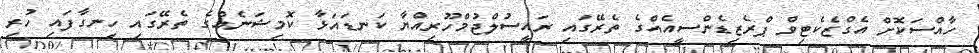
ހާއްސަކޮށް އެގްޒެކެޓިވް ޕްރެޒިޑެންސީއެއްގެ ތެރޭގައި ރައީސުލްޖުމްހޫރިއްޔާ ކަނޑައަޅާ ކޮމިޝަނެއްގެ ތެރޭގައި ހިނގާފައި ހުރި